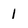
Character: 1